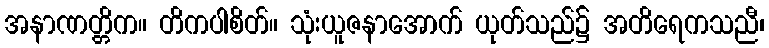
အနာဏတ္တိက။ တိကပါစိတ်။ သုံးယူဇနာအောက် ယုတ်သည်၌ အတိရေကသညီ၊